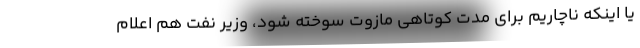
یا اینکه ناچاریم برای مدت کوتاهی مازوت سوخته شود، وزیر نفت هم اعلام